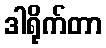
ဒါရိုက်တာ